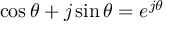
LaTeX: \cos \theta + j \sin \theta = e ^ { j \theta }